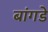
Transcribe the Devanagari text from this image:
बांगडे